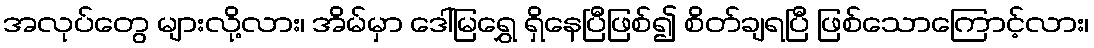
အလုပ်တွေ များလို့လား၊ အိမ်မှာ ဒေါ်မြရွှေ ရှိနေပြီဖြစ်၍ စိတ်ချရပြီ ဖြစ်သောကြောင့်လား၊